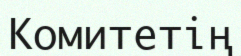
Комитетің